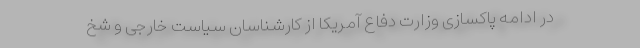
در ادامه پاکسازی‌ وزارت دفاع آمریکا از کارشناسان سیاست خارجی و شخ